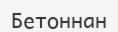
Бетоннан